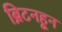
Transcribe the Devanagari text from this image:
ब्रिटनहून